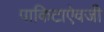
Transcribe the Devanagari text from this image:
पाकिटाऐवजी